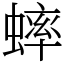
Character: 蟀